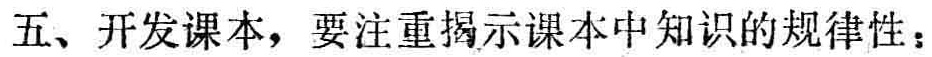
五、开发课本，要注重揭示课本中知识的规律性：